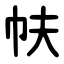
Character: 㠸